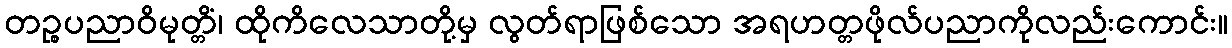
တဉ္စပညာဝိမုတ္တိံ၊ ထိုကိလေသာတို့မှ လွတ်ရာဖြစ်သော အရဟတ္တဖိုလ်ပညာကိုလည်းကောင်း။